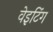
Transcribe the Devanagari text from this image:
वेइटिंग